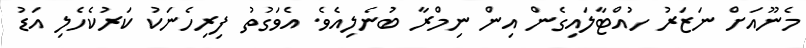
މެނޫއަށް ނަޒަރު ހުއްޓާލައިގެން އިން ނިމްރާ ބުނެލިއެވެ. އެވަގުތު ފިރިހެނަކު ކަރުކެހެލި އަޑު